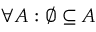
\forall A : \varnothing \subseteq A